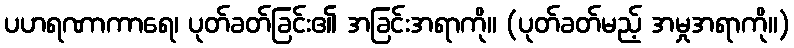
ပဟရဏာကာရေ၊ ပုတ်ခတ်ခြင်း၏ အခြင်းအရာကို။ (ပုတ်ခတ်မည့် အမှုအရာကို။)